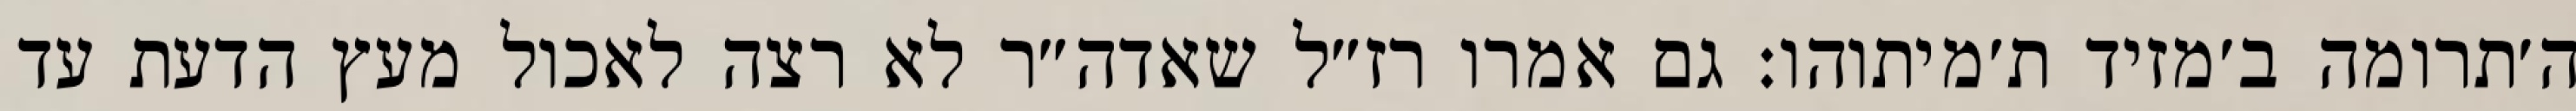
ה׳תרומה ב׳מזיד ת׳מיתוהו: גם אמרו רז״ל שאדה״ר לא רצה לאכול מעץ הדעת עד